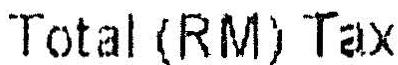
TOTAL(RM) TAX